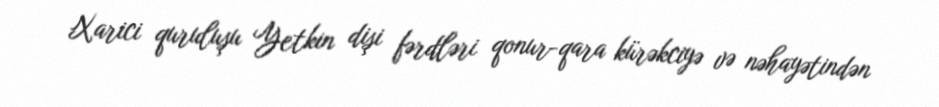
Xarici quruluşu Yetkin dişi fərdləri qonur-qara kürəkciyə və nəhayətindən